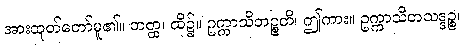
အားထုတ်တော်မူ၏။ တတ္ထ၊ ထို၌။ ဥက္ကာသိတဉ္စတိ၊ ဤကား။ ဥက္ကာသိတသဒ္ဒဉ္စ၊